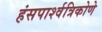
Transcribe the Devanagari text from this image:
हंसपार्श्वत्रिकोणे